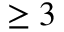
\geq 3